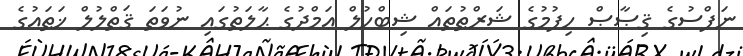
ނަފްސުގެ ޤިޞާޞް ހިފުމުގެ ޝަރްޠުތައް ޝިބްހުލް ޢަމްދުގެ ޙާލަތުގައި ނުވަތަ ޤަތްލުލް ޚަޠައުގެ